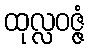
ထုလ္လဝဇ္ဇံ